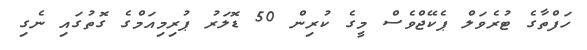
ހަފްތާގެ ޓުރެވަލް ޕެކޭޖްވެސް މީގެ ކުރިން 50 ޑޮލަރު ޕުރިމިއަމްގެ ގޮތުގައި ނެގި